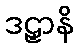
ဒဠှာနိ